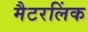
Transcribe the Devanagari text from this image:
मैटरलिंक